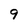
Character: 9